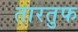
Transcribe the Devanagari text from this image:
तारतुफ